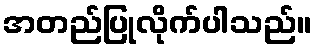
အတည်ပြုလိုက်ပါသည်။